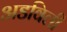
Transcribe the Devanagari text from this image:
अडविली